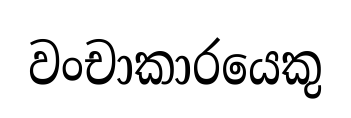
වංචාකාරයෙකු